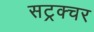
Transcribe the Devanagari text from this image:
सट्रक्चर